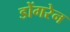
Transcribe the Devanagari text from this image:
डोंगरेन